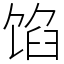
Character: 馅